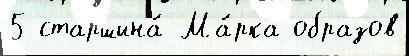
5 старшина́ Ма́рка образов